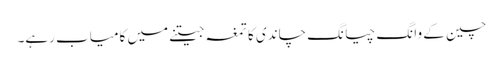
چین کے وانگ چیانگ چاندی کا تمغہ جیتنے میں کامیاب رہے۔